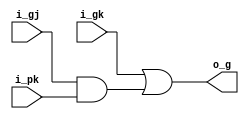
module grey(
  input  wire i_gj,
  input  wire i_pk,
  input  wire i_gk,
  output wire o_g
);

assign o_g = i_gk | (i_gj & i_pk);

endmodule